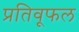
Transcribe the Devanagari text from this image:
प्रतिवूफल